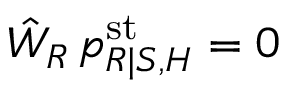
\hat { W } _ { R } \, p _ { R | S , H } ^ { \mathrm { s t } } = 0